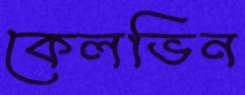
কেলভিন